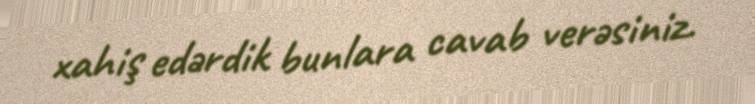
xahiş edərdik bunlara cavab verəsiniz.